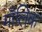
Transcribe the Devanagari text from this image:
माँलिक